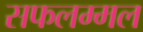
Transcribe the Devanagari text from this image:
सफलम्मल